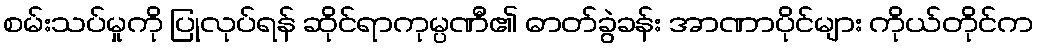
စမ်းသပ်မှုကို ပြုလုပ်ရန် ဆိုင်ရာကုမ္ပဏီ၏ ဓာတ်ခွဲခန်း အာဏာပိုင်များ ကိုယ်တိုင်က